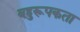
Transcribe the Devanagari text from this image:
बहुरूपकता